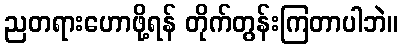
ညတရားဟောဖို့ရန် တိုက်တွန်းကြတာပါဘဲ။